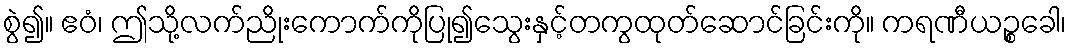
စွဲ၍။ ဧဝံ၊ ဤသို့လက်ညိုးကောက်ကိုပြု၍သွေးနှင့်တကွထုတ်ဆောင်ခြင်းကို။ ကရဏီယဉ္စခေါ၊